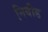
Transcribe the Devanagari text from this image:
निबीड